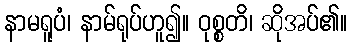
နာမရူပံ၊ နာမ်ရုပ်ဟူ၍။ ဝုစ္စတိ၊ ဆိုအပ်၏။